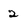
Character: 2